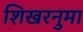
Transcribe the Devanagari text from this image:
शिखरनुमा